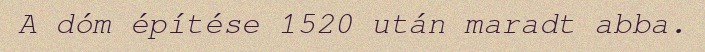
A dóm építése 1520 után maradt abba.